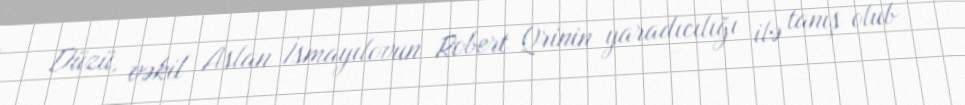
Düzü, vəkil Aslan İsmayılovun Robert Qrinin yaradıcılığı ilə tanış olub